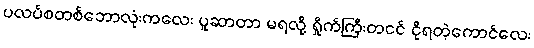
ပလပ်စတစ်ဘောလုံးကလေး ပူဆာတာ မရလို့ ရှိုက်ကြီးတငင် ငိုရတဲ့ကောင်လေး